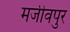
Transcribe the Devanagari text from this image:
मजीवपुर